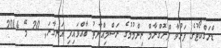
ޑްރަގްކޯޓުގެ ފަރުވާ ޕްރޮގްރާމް ނިންމުމުގެ ރަސްމިއްޔާތު ބާއްވައިފި އަނގާރަ